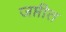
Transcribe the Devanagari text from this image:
जप्तीत